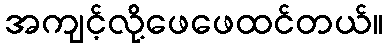
အကျင့်လို့ဖေဖေထင်တယ်။